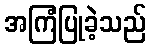
အကြံပြုခဲ့သည်